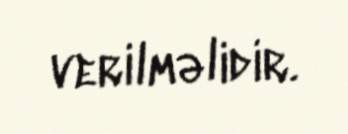
verilməlidir.